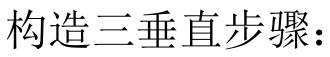
构造三垂直步骤：